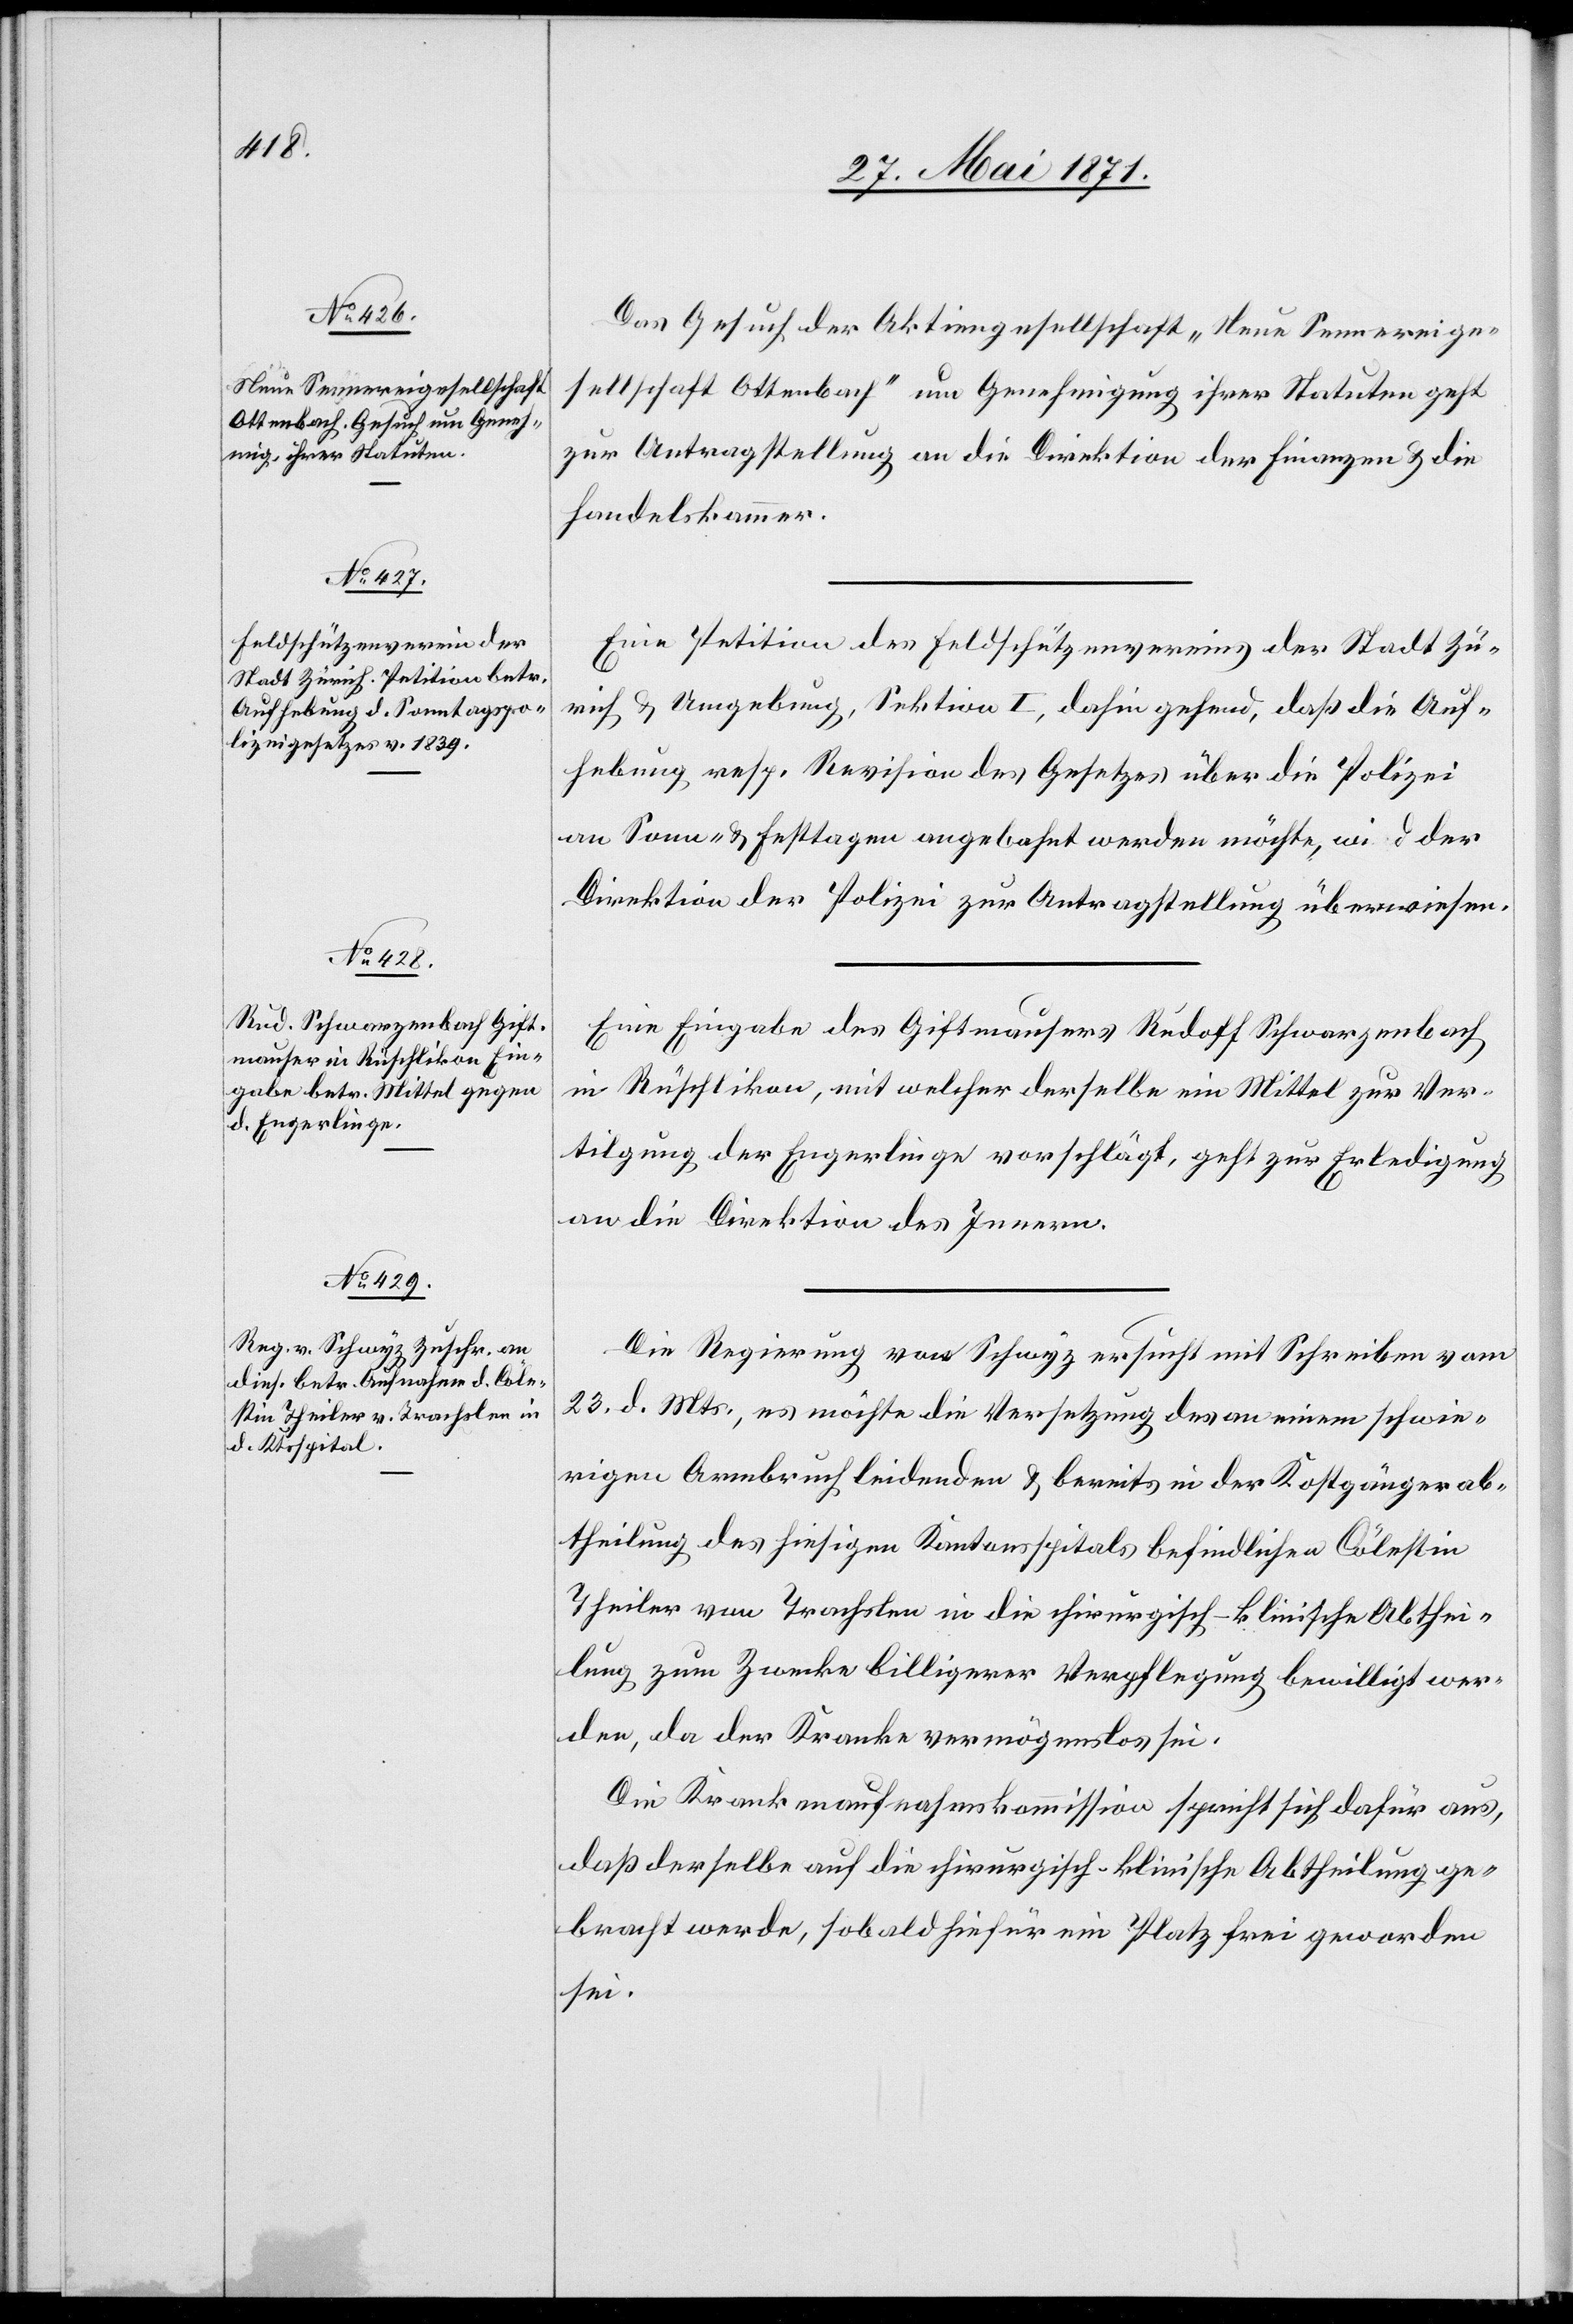
30. Mai 1871.]
Das Gesuch der Aktiengesellschaft „Neue Sennereige¬
sellschaft Ottenbach“ um Genehmigung ihrer Statuten geht
zur Antragstellung an die Direktion der Finanzen u. die
Handelskammer.
Eine Petition des Feldschützenvereins der Stadt Zü¬
rich u. Umgebung, Sektion I, dahin gehend, daß die Auf¬
hebung resp. Revision des Gesetzes über die Polizei
an Sonn- u. Festtagen angebahnt werden möchte, wird der
Direktion der Polizei zur Antragstellung überwiesen.
Eine Eingabe des Giftmausers Rudolf Schwarzenbach
in Rüschlikon, mit welcher derselbe ein Mittel zur Ver¬
tilgung der Engerlinge vorschlägt, geht zur Erledigung
an die Direktion des Innern.
Die Regierung von Schwyz ersucht mit Schreiben vom
23. d. Mts., es möchte die Versetzung des an einem schwie¬
rigen Armbruch leidenden u. bereits in der Kostgängerab¬
theilung des hiesigen Kantonsspitals befindlichen Cölestin
Theiler von Trachslen in die chirurgisch-klinische Abthei¬
lung zum Zwecke billigerer Verpflegung bewilligt wer¬
den, da der Kranke vermögenslos sei.
Die Krankenaufnahmskommission spricht sich dafür aus,
daß derselbe auf die chirurgisch-klinische Abtheilung ge¬
bracht werde, sobald hiefür ein Platz frei geworden
sei.